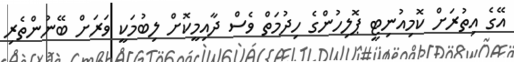
އޭގެ އިތުރަށް ކޮމިއުނިޓީ ޕޮލިހުންގެ ހިދުމަތް ވެސް ދާއިމީކޮށް ލިބުމަކީ ވަރަށް ބޭނުންތެރި